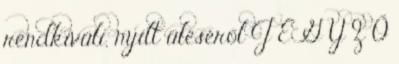
rendkívüli, nyílt üléséről J E G Y Z Ő